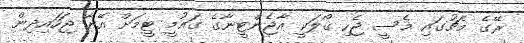
ރޭގެ މެޗުގައި މެސީ ޖެހި ގޯލަކީ އާޖެންޓީނާގެ ގައުމީ ޓީމަށް އޭނާ ޖަހައިދިން